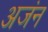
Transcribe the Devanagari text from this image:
अजंन